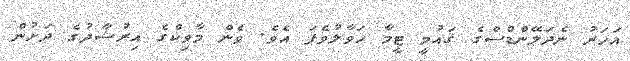
އަހަރު ނެދަލޭންޑްސްގެ ޤައުމީ ޓީމާ ހަވާލުވެފަ އެވެ. ވެން މާވިކްގެ އިރުޝާދުގެ ދަށުން